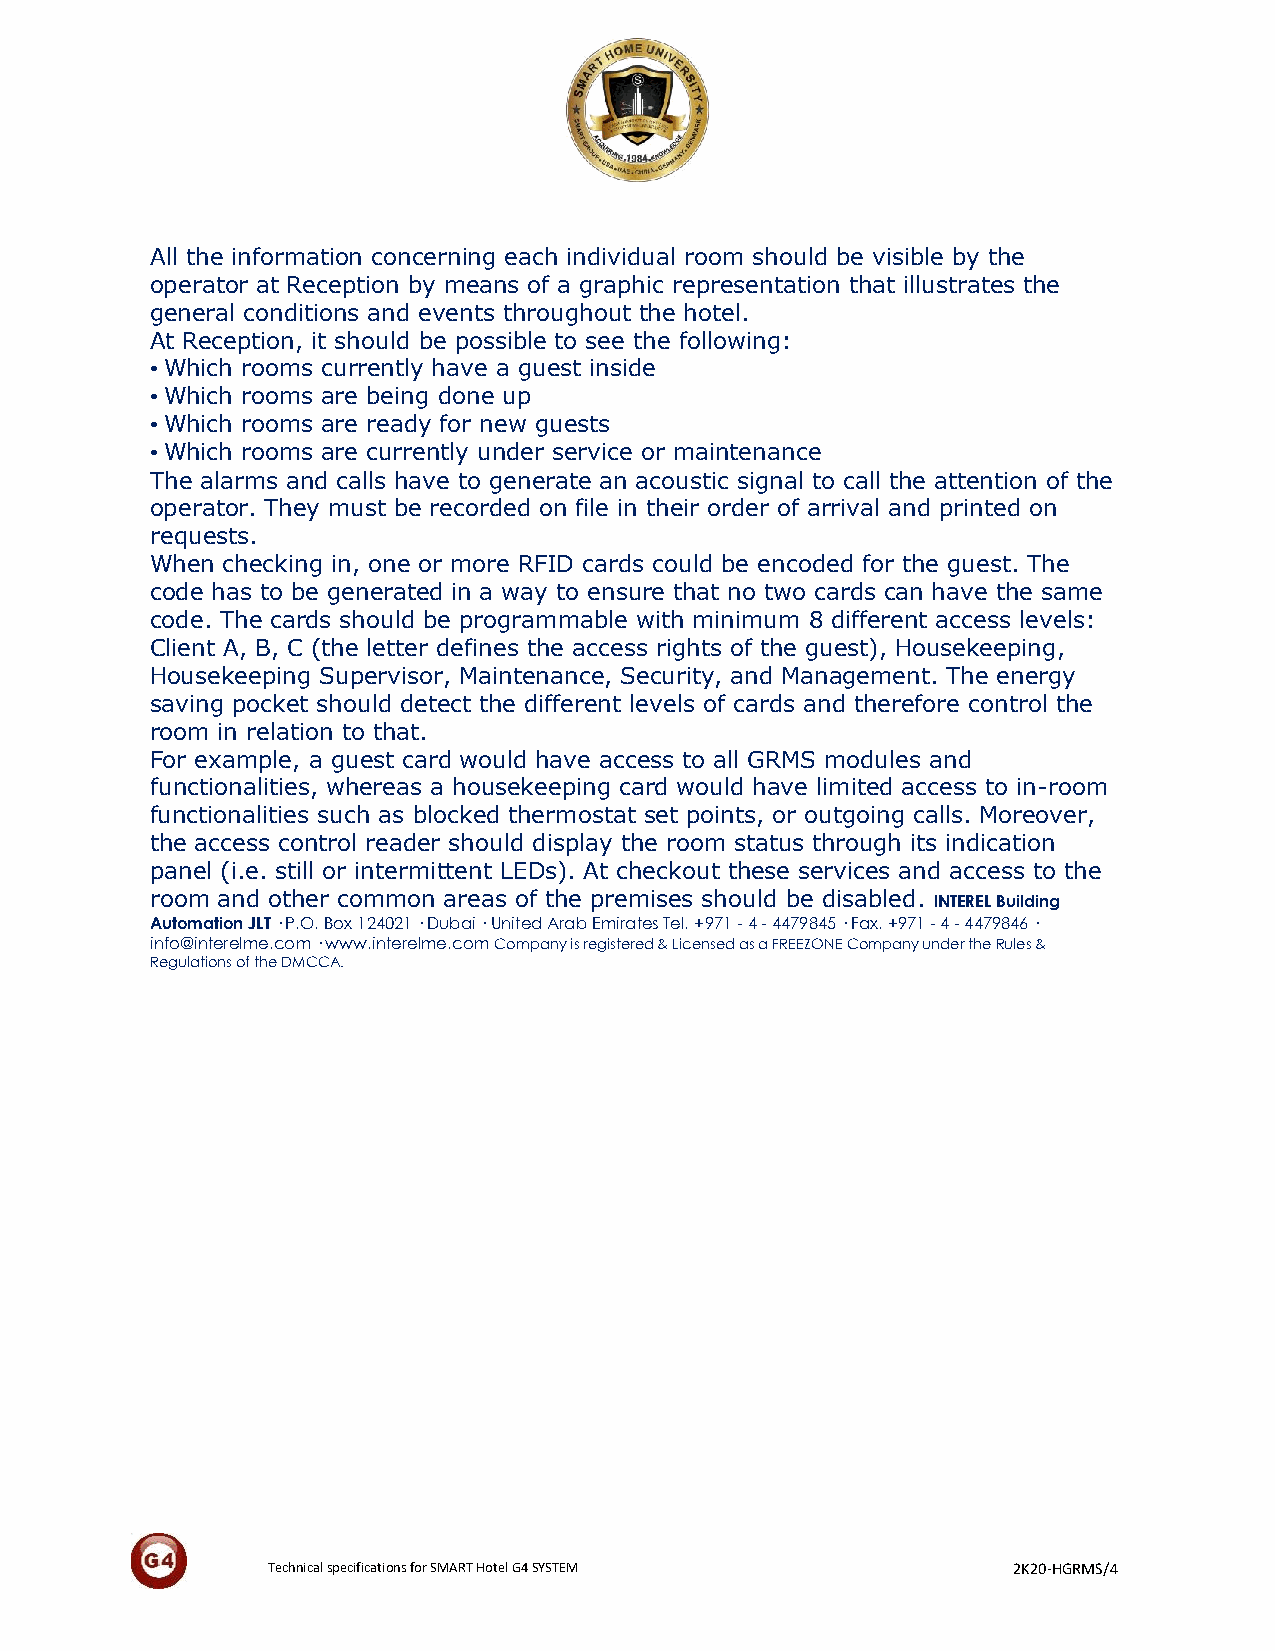
All the information concerning each individual room should be visible by the
 operator at Reception by means of a graphic representation that illustrates the
 general conditions and events throughout the hotel.
 At Reception, it should be possible to see the following:
 • Which rooms currently have a guest inside
 • Which rooms are being done up
 • Which rooms are ready for new guests
 • Which rooms are currently under service or maintenance
 The alarms and calls have to generate an acoustic signal to call the attention of the
 operator. They must be recorded on file in their order of arrival and printed on
 requests.
 When checking in, one or more RFID cards could be encoded for the guest. The
 code has to be generated in a way to ensure that no two cards can have the same
 code. The cards should be programmable with minimum 8 different access levels:
 Client A, B, C (the letter defines the access rights of the guest), Housekeeping,
 Housekeeping Supervisor, Maintenance, Security, and Management. The energy
 saving pocket should detect the different levels of cards and therefore control the
 room in relation to that.
 For example, a guest card would have access to all GRMS modules and
 functionalities, whereas a housekeeping card would have limited access to in-room
 functionalities such as blocked thermostat set points, or outgoing calls. Moreover,
 the access control reader should display the room status through its indication
 panel (i.e. still or intermittent LEDs). At checkout these services and access to the
 room and other common areas of the premises should be disabled. INTEREL Building
 Automation JLT · P.O. Box 124021 · Dubai · United Arab Emirates Tel. +971 - 4 - 4479845 · Fax. +971 - 4 - 4479846 ·
 info@interelme.com · www.interelme.com Company is registered & Licensed as a FREEZONE Company under the Rules &
 Regulations of the DMCCA.
 Technical specifications for SMART Hotel G4 SYSTEM 2K20-HGRMS/4